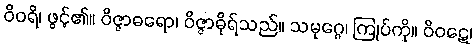
ဝိဝရိ၊ ဖွင့်၏။ ဝိဇ္ဇာဓရော၊ ဝိဇ္ဇာဓိုရ်သည်။ သမုဂ္ဂေ၊ ကြုပ်ကို။ ဝိဝဋေ၊